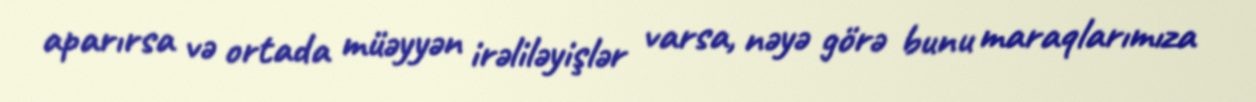
aparırsa və ortada müəyyən irəliləyişlər varsa, nəyə görə bunu maraqlarımıza